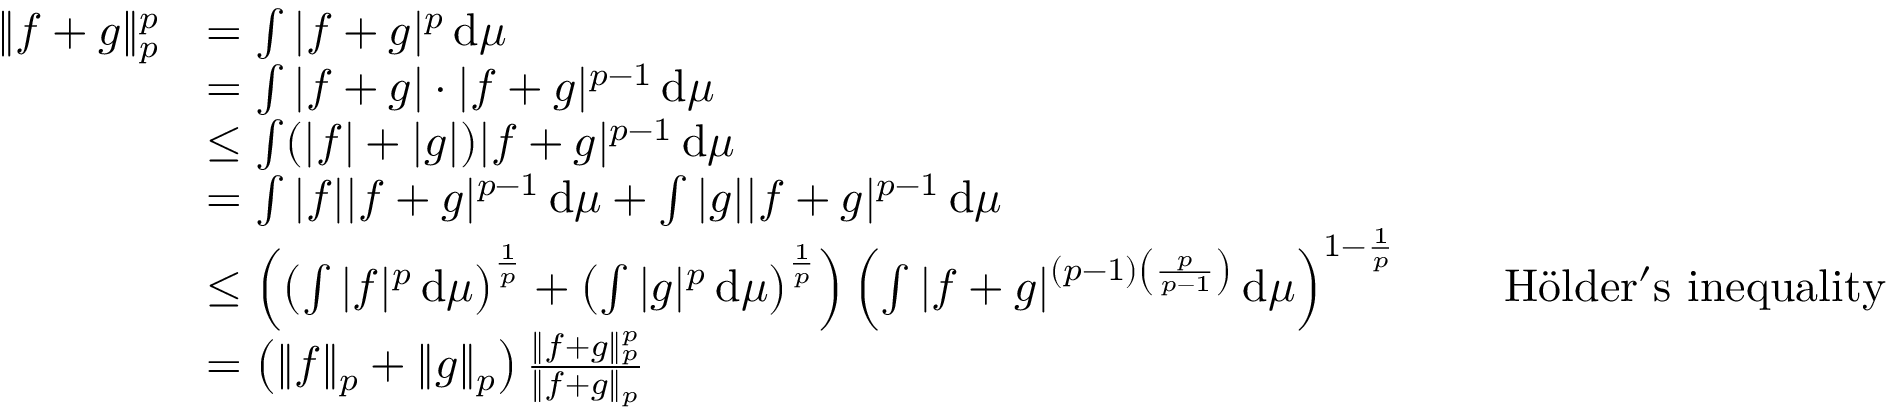
{ \begin{array} { r l r l } { \| f + g \| _ { p } ^ { p } } & { = \int | f + g | ^ { p } \, \mathrm { d } \mu } \\ & { = \int | f + g | \cdot | f + g | ^ { p - 1 } \, \mathrm { d } \mu } \\ & { \leq \int ( | f | + | g | ) | f + g | ^ { p - 1 } \, \mathrm { d } \mu } \\ & { = \int | f | | f + g | ^ { p - 1 } \, \mathrm { d } \mu + \int | g | | f + g | ^ { p - 1 } \, \mathrm { d } \mu } \\ & { \leq \left( \left( \int | f | ^ { p } \, \mathrm { d } \mu \right) ^ { \frac { 1 } { p } } + \left( \int | g | ^ { p } \, \mathrm { d } \mu \right) ^ { \frac { 1 } { p } } \right) \left( \int | f + g | ^ { ( p - 1 ) \left( { \frac { p } { p - 1 } } \right) } \, \mathrm { d } \mu \right) ^ { 1 - { \frac { 1 } { p } } } } & & { { \mathrm { ~ H ö l d e r ' s ~ i n e q u a l i t y } } } \\ & { = \left( \| f \| _ { p } + \| g \| _ { p } \right) { \frac { \| f + g \| _ { p } ^ { p } } { \| f + g \| _ { p } } } } \end{array} }